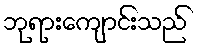
ဘုရားကျောင်းသည်